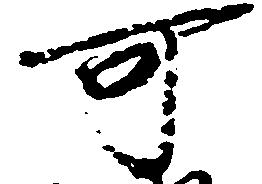
可